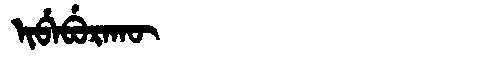
Manchu: ᡳᠪᡝᠪᡠᡵᠠᡴᡡ
Romanization: IBEBURAKŪ